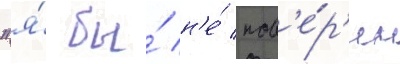
"я́ бы́ н'е́ пов'е́р'ил